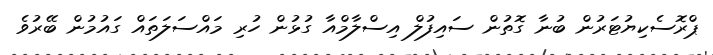
ޕްރޮސެކިޔުޓަރުން ބުނާ ގޮތުން ސައިފުލް އިސްލާމްއާ ގުޅުން ހުރި މައްސަލަތައް ގައުމުން ބޭރުވެ